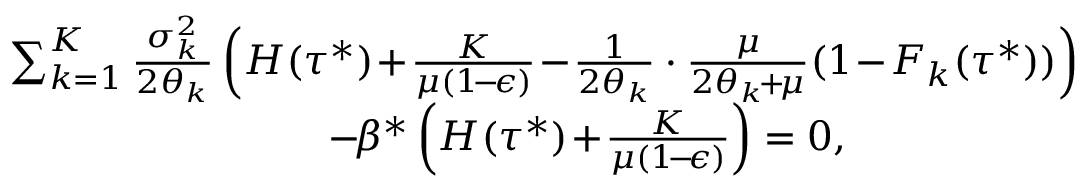
\begin{array} { r l } & { \sum _ { k = 1 } ^ { K } \frac { \sigma _ { k } ^ { 2 } } { 2 \theta _ { k } } \left( H ( \tau ^ { * } ) \! + \! \frac { K } { \mu ( 1 \! - \! \epsilon ) } \! - \! \frac { 1 } { 2 \theta _ { k } } \cdot \frac { \mu } { 2 \theta _ { k } \! + \! \mu } ( 1 \! - \! F _ { k } ( \tau ^ { * } ) ) \right) } \\ & { \qquad \qquad \qquad \qquad \! - \! \beta ^ { * } \left( H ( \tau ^ { * } ) \! + \! \frac { K } { \mu ( 1 \! - \! \epsilon ) } \right) = 0 , } \end{array}